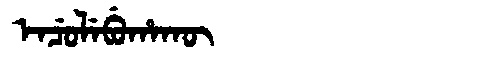
Manchu: ᡝᠨᠴᡠᠯᡝᠪᡠᡥᠠᡴᡡ
Romanization: ENCULEBUHAKŪ